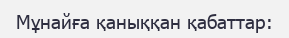
Мұнайға қаныққан қабаттар: